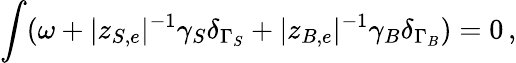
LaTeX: \int(\omega+|z_{S,e}|^{-1}\gamma_{S}\delta_{\Gamma_{S}}+|z_{B,e}|^{-1}\gamma_{B}\delta_{\Gamma_{B}})=0\, ,